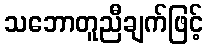
သဘောတူညီချက်ဖြင့်